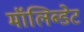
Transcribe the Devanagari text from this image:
मॉलिब्डेट